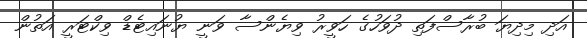
އަދި މިދިޔަ ބުރާސްފަތި ދުވަހުގެ ހަވީރު ވިޔެންސާ ވަނީ ޔުނައިޓެޑް ވިކްޓަރީ އަތުން